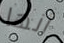
أنها